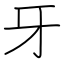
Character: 牙